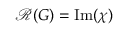
{ \mathcal { R } } ( G ) = { \mathrm { I m } } ( \chi )